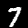
Digit: 7